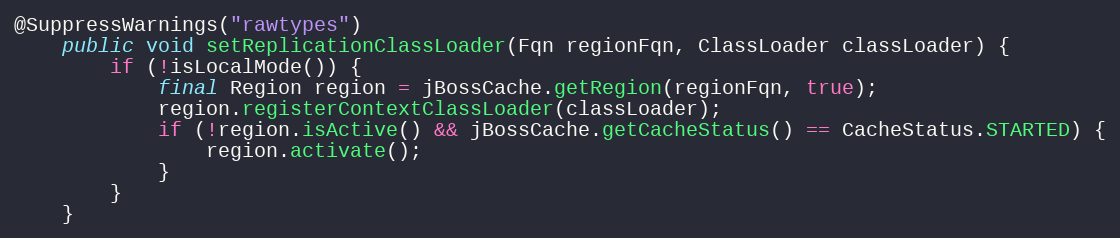
Language: Java
@SuppressWarnings("rawtypes")
	public void setReplicationClassLoader(Fqn regionFqn, ClassLoader classLoader) {
		if (!isLocalMode()) {
			final Region region = jBossCache.getRegion(regionFqn, true);
			region.registerContextClassLoader(classLoader);
			if (!region.isActive() && jBossCache.getCacheStatus() == CacheStatus.STARTED) {
				region.activate();
			}
		}
	}